Vaccination in the Punjab 1883-1896 - 1883-1896
Year: 1883
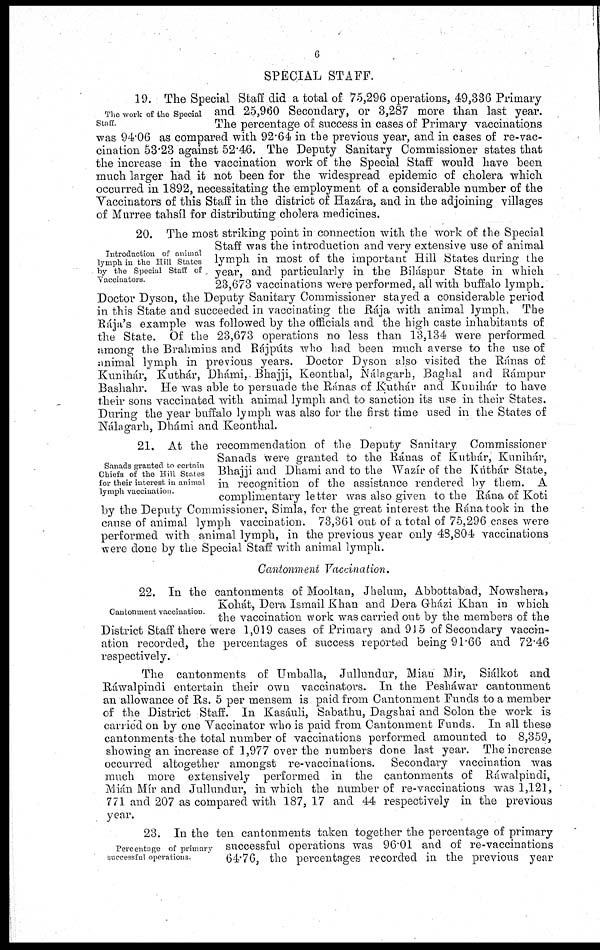
6
SPECIAL STAFF.
The work of the Special
Staff.
19. The Special Staff did a total of 75,296 operations, 49,336 Primary
and 25,960 Secondary, or 3,287 more than last year.
The percentage of success in cases of Primary vaccinations
was 94.06 as compared with 92.64 in the previous year, and in cases of re-vac-
cination 53.23 against 52.46. The Deputy Sanitary Commissioner states that
the increase in the vaccination work of the Special Staff would have been
much larger had it not been for the widespread epidemic of cholera which
occurred in 1892, necessitating the employment of a considerable number of the
Vaccinators of this Staff in the district of Hazára, and in the adjoining villages
of Murree tahsíl for distributing cholera medicines.
Introduction of animal
lymph, in the Hill States
by the Special Staff of
Vaccinators.
20. The most striking point in connection with the work of the Special
Staff was the introduction and very extensive use of animal
lymph in most of the important Hill States during the
year, and particularly in the Biláspur State in which
23,673 vaccinations were performed, all with buffalo lymph.
Doctor Dyson, the Deputy Sanitary Commissioner stayed a considerable period
in this State and succeeded in vaccinating the Rája with animal lymph
The
Rája's example was followed by the officials and the high caste inhabitants of
the State. Of the 23,673 operations no less than 13,134 were performed
among the Brahmins and Rájpúts who had been much averse to the use of
animal lymph in previous years. Doctor Dyson also visited the Ránas of
Kunihár, Kuthár, Dhámi, Bhajji, Keonthal, Nálagarh, Baghal and Rámpur
Bashahr. He was able to persuade the Ránas of Kuthár and Kuuihár to have
their sons vaccinated with animal lymph and to sanction its use in their States.
During the year buffalo lymph was also for the first time used in the States of
Nálagarh, Dhámi and Keonthal.
Sanads granted to certain
Chiefs of the Hill States
for their interest in animal
lymph vaccination.
21. At the recommendation of the Deputy Sanitary Commissioner
Sanads were granted to the Ránas of Kuthár, Kunihár,
Bhajji and Dhami and to the Wazír of the Krithár State,
in recognition of the assistance rendered by them. A
complimentary letter was also given to the Rána of Koti
by the Deputy Commissioner, Simla, for the great interest the Rána took in the
cause of animal lymph vaccination. 73,361 out of a total of 75,296 cases were
performed with animal lymph, in the previous year only 48,804 vaccinations
were done by the Special Staff with animal lymph.
Cantonment Vaccination.
Cantonment vaccination.
22. In the cantonments of Mooltan, Jhelum, Abbottabad, Nowshera,
Kohát, Dera Ismail Khan and Dera Gházi Khan in which
the vaccination work was carried out by the members of the
District Staff there were 1,019 cases of Primary and 915 of Secondary vaccin-
ation recorded, the percentages of success reported being 91.66 and 72.46
respectively.
The cantonments of Umballa, Jullundur, Mian Mir, Siálkot and
Ráwalpindi entertain their own vaccinators. In the Peshawar cantonment
an allowance of Rs. 5 per mensem is paid from Cantonment Funds to a member
of the District Staff. In Kasáuli, Sabathu, Dagshai and Solon the work is
carried on by one Vaccinator who is paid from Cantonment Funds. In all these
cantonments the total number of vaccinations performed amounted to 8,359,
showing an increase of 1,977 over the numbers done last year. The increase
occurred altogether amongst re-vaccinations.
Secondary vaccination was
much more extensively performed in the cantonments of Ráwalpindi,
Mián Mír and Jullundur, in which the number of re-vaccinations was 1,121,
771 and 207 as compared with 187, 17 and 44 respectively in the previous
year.
Percentage of primary
successful operations.
23. In the ten cantonments taken together the percentage of primary
successful operations was 96.01 and of re-vaccinations
64.76, the percentages recorded in the previous year